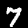
Digit: 7